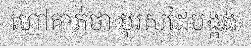
ហៅគាត់ថា បុរសដៃបង្កង